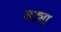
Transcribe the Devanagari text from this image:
घट्या